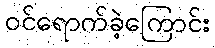
ဝင်ရောက်ခဲ့ကြောင်း